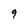
Character: 9